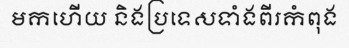
មកហើយ និងប្រទេសទាំងពីរកំពុង